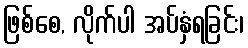
ဖြစ်စေ, လိုက်ပါ အပ်နှံရခြင်း၊